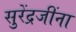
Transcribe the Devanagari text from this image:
सुरेंद्रजींना